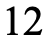
12